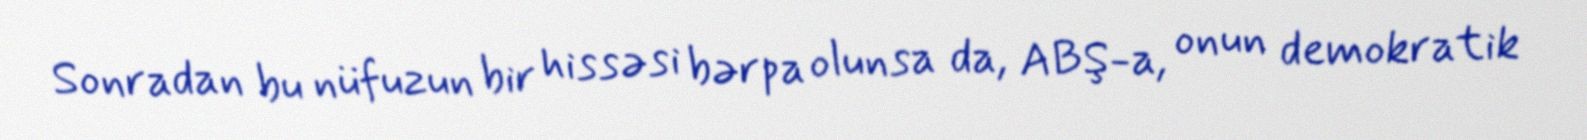
Sonradan bu nüfuzun bir hissəsi bərpa olunsa da, ABŞ-a, onun demokratik